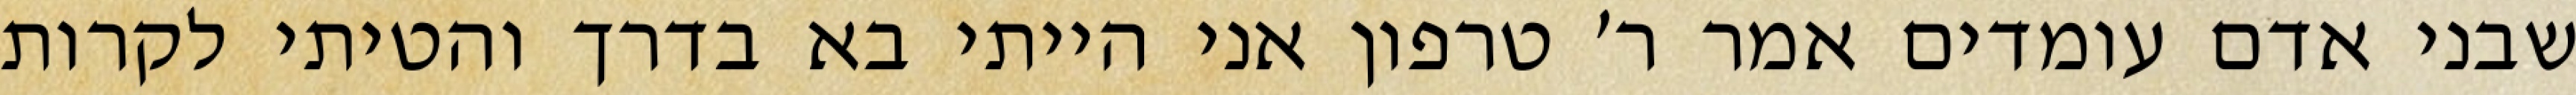
שבני אדם עומדים אמר ר׳ טרפון אני הייתי בא בדרך והטיתי לקרות